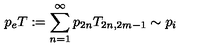
p _ { e } T : = \sum _ { n = 1 } ^ { \infty } p _ { 2 n } T _ { 2 n , 2 m - 1 } \sim p _ { i }